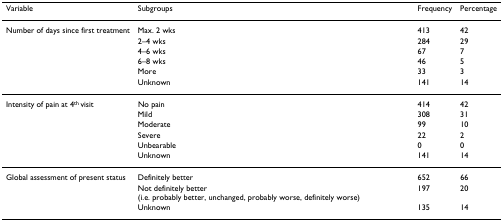
| Variable | Subgroups | Frequency | Percentage |
 | --- | --- | --- | --- |
 | Number of days since first treatment | Max. 2 wks | 413 | 42 |
 |  | 2–4 wks | 284 | 29 |
 |  | 4–6 wks | 67 | 7 |
 |  | 6–8 wks | 46 | 5 |
 |  | More | 33 | 3 |
 |  | Unknown | 141 | 14 |
 | Intensity of pain at 4th visit | No pain | 414 | 42 |
 |  | Mild | 308 | 31 |
 |  | Moderate | 99 | 10 |
 |  | Severe | 22 | 2 |
 |  | Unbearable | 0 | 0 |
 |  | Unknown | 141 | 14 |
 | Global assessment of present status | Definitely better | 652 | 66 |
 |  | Not definitely better (i.e. probably better, unchanged, probably worse, definitely worse) | 197 | 20 |
 |  | Unknown | 135 | 14 |